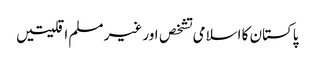
پاکستان کا اسلامی تشخص اور غیر مسلم اقلیتیں